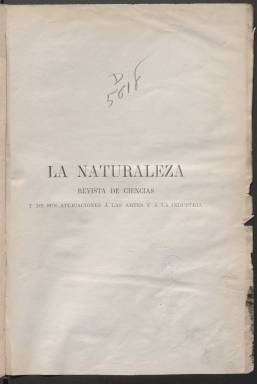
Título: La Naturaleza (Madrid.1877)
Colección: Ciencias
Ámbito geográfico: Madrid
Lugar de publicación: Madrid
Fechas: 01/12/1877-02/08/1879